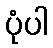
ပုံပါ